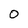
Character: 0